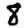
Digit: 8